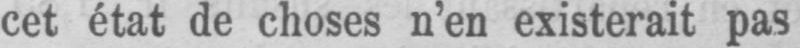
cet état de choses n’en existerait pas